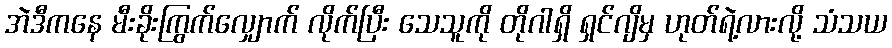
အဲဒီကနေ မီးခိုးကြွက်လျှောက် လိုက်ပြီး သေသူကို တိုဂါရှိ ရှင်ဂျိမှ ဟုတ်ရဲ့လားလို့ သံသယ